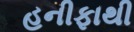
હનીફાથી